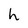
Character: h